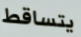
يتساقط